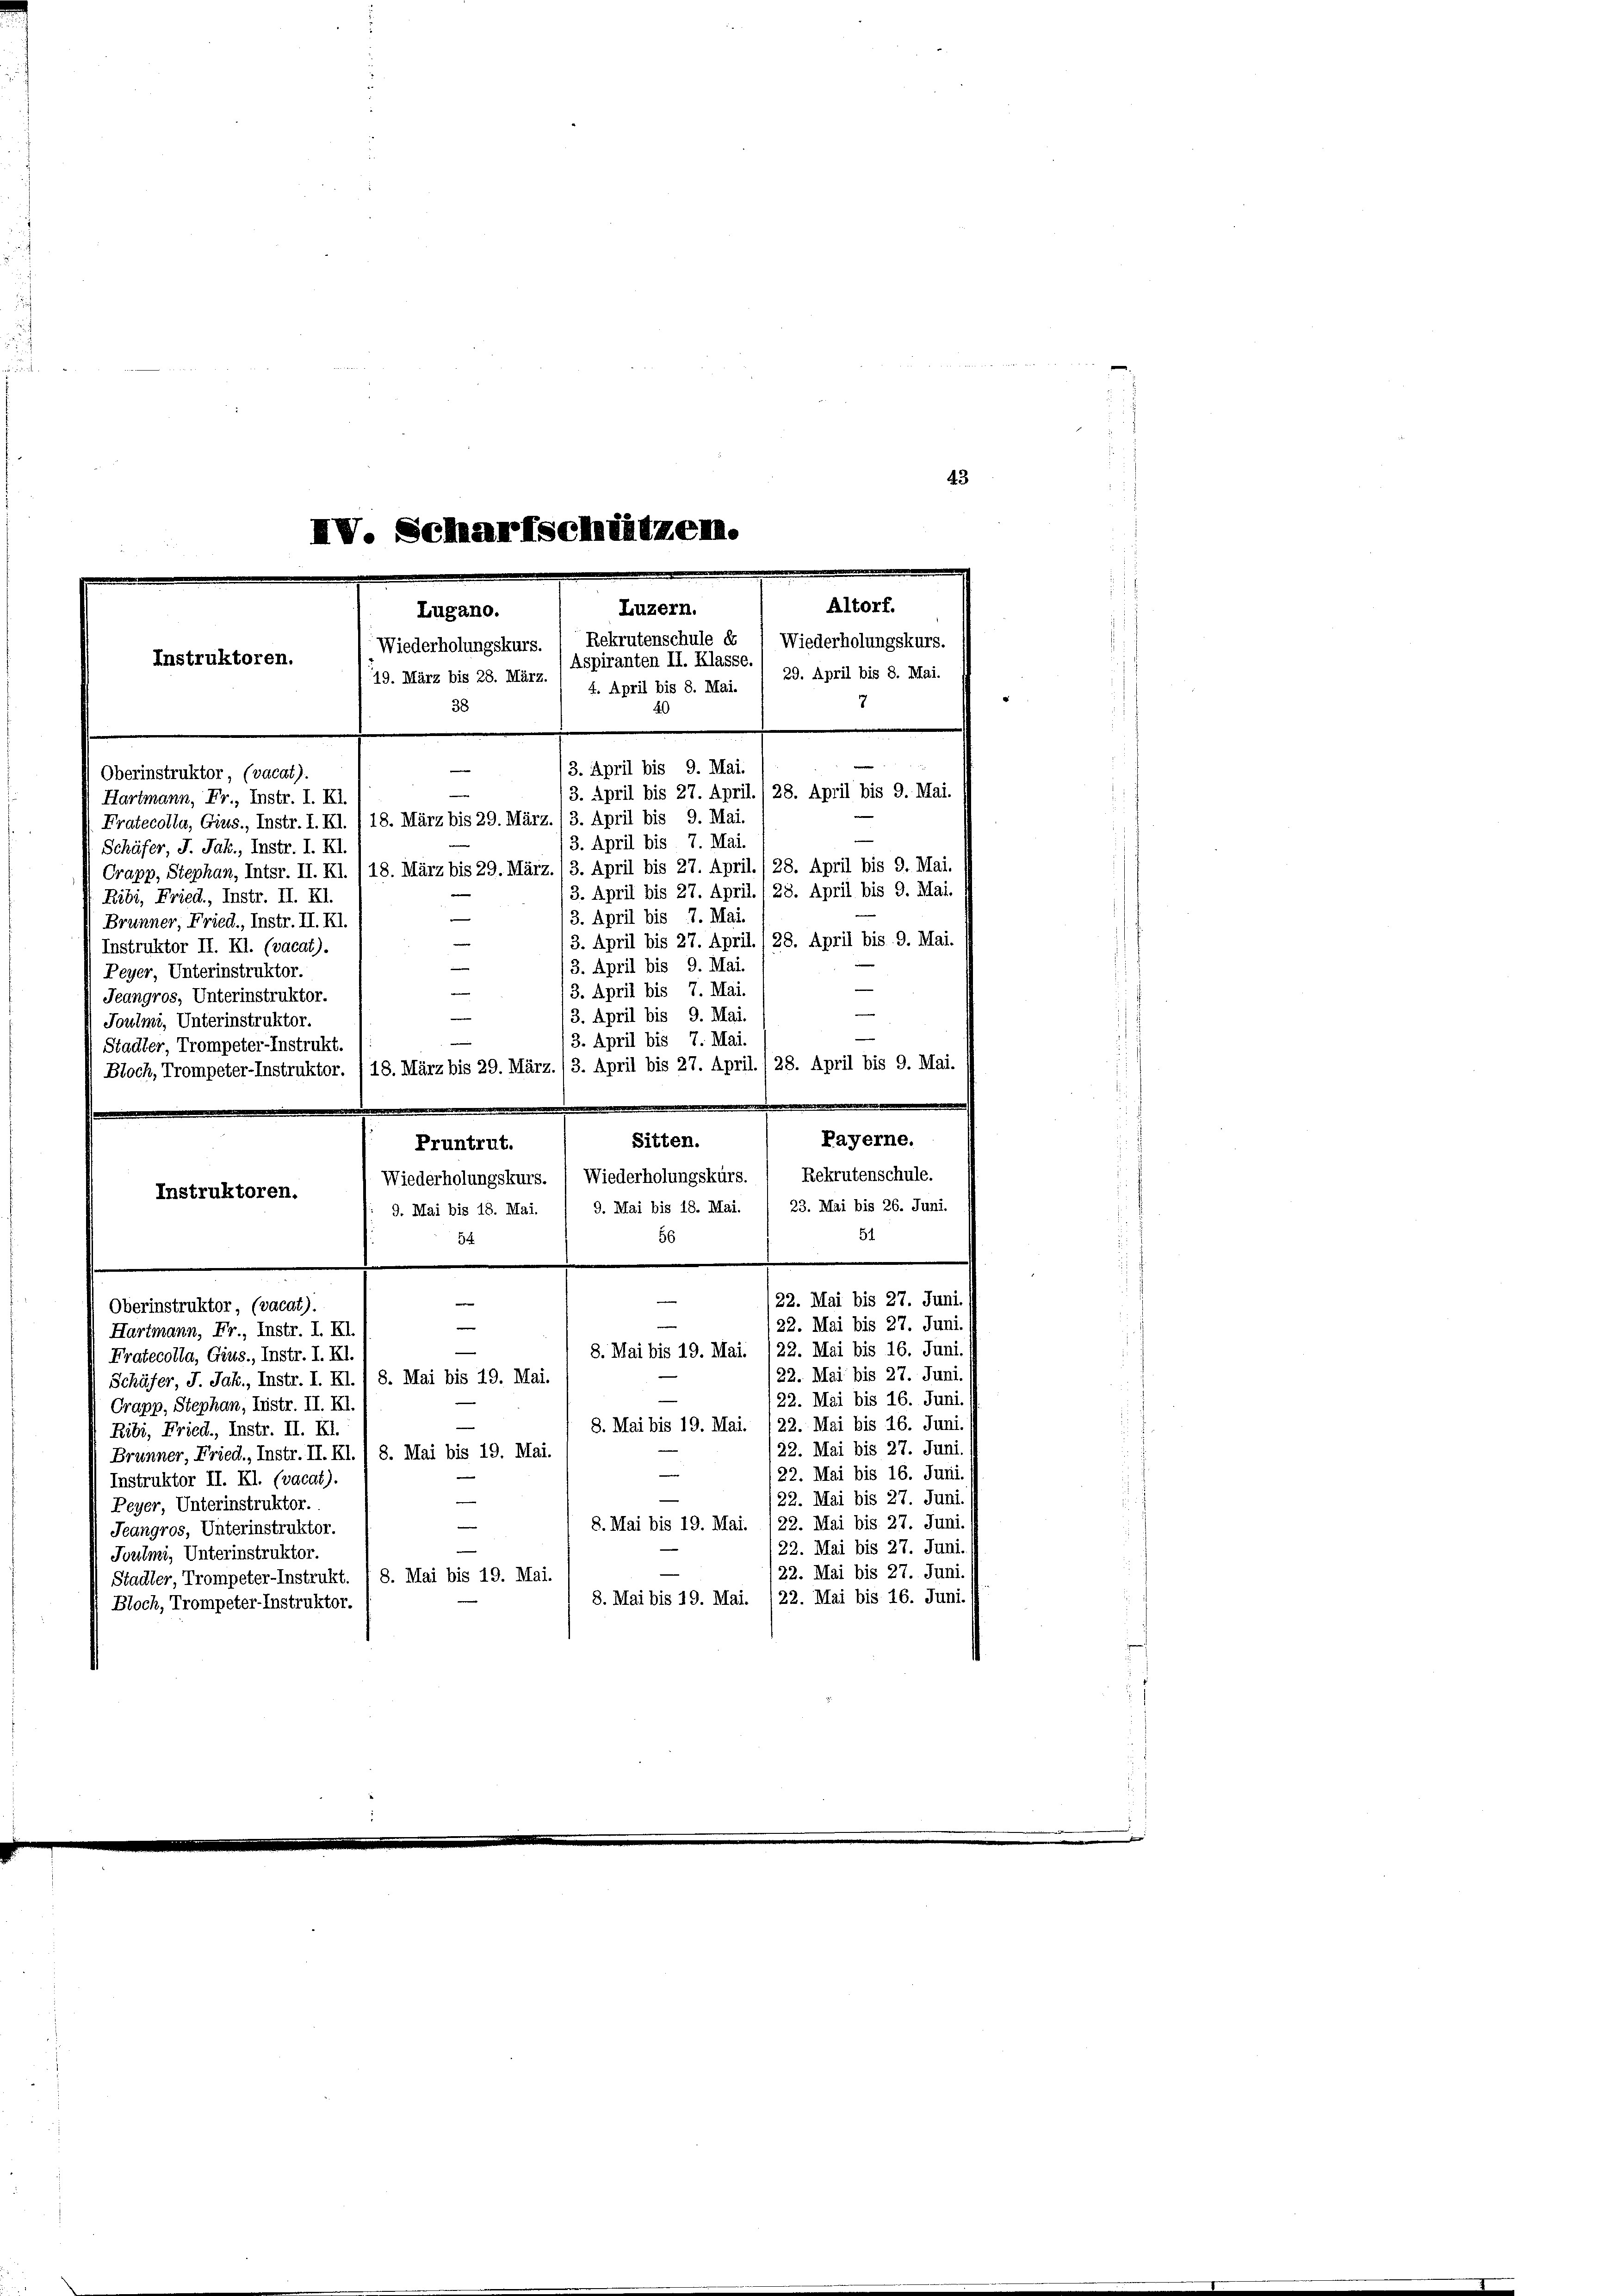
IV. Scharfschützen.
Altorf.
Luzern.
Lugano.
Wiederholungskurs. , Rekrutenschule er / Wiederholungskurs.
Instruktoren.
Aspiranten II. Klasse.
19. März bis 28. Mart. 4. April bis 8. Mai. / 29. April bis 8. Mai
7
38

43

(3. April bis 9. Mai.
Oberinstruktor, (vacat).
(3. April bis 27. April./ 28. April bis 9. Mai.
Hartmann, Fr., Instr. I. XI.
Pratecolla, Gius., Instr. I. Kl. / 18. März bis 29. März. (3. April bis 9. Mai.
(3. April bis 7. Mai.
Schäfer, J. Jak., Instr. I. XI.
Crapp, Stephan, Inter. II. Kl. /18. März bis 29. März. 13. April bis 27. April./ 28. April bis 9. Mai.
3. April bis 27. April. (28. April bis 9. Mai.
Ribi, Fried, Instr. II. XI.
n
(3. April bis 7. Mai.
Brunner, Fried., Instr. II. Kl.
3. April bis 27. April. / 28. April bis 9. Mai.
Instruktor II. Kl. (vacat).
—
/3. April bis 9. Mai.
Peyer, Unterinstruktor.
e
3. April bis 7. Mai.
Jeangros, Unterinstruktor.

3. April bis 9. Mai.
Joulmi, Unterinstruktor.
(3. April bis 7. Mai.
Stadter, Trompeter-Instrukt.
Bloch, Trompeter-Instruktor. /18. März bis 29. März./3. April bis 27. April. 28. April bis 9. Mai.
Payerne.
Sitten.
Pruntrut.
Wiederholungskurs. ) Wiederholungskurs. 1 Rekrutenschule.
Instruktoren.
9. Mai bis 18. Mai. / 9. Mai bis 18. Mai. / 23. Mai bis 26. Juni.
51.
56
54
e
/22. Mai bis 27. Juni.
e
Oberinstruktor, (vacat).
/22. Mai bis 27. Juni.
e
Hartmann, Fr., Instr. I. Kl.
8. Mai bis 19. Mai. 122. Mai bis 16. Juni
Fratecolla, Gius., Instr. I. Kl.
22. Mai bis 27. Juni
Schüfer, J. Jak., Instr. I. Kl.) 8. Mai bis 19. Mai.
/22. Mai bis 16. Juni.
Crapp, Stephan, Lustr. II. XI.
8. Mai bis 19. Mai. 122. Mai bis 16. Juni.
Ribi, Fried, Instr. II. XI.
123. Mai bis 27. Juni.
Brunner, Fried., Instr. II. Kl. 1 8. Mai bis 19. Mai.
/22. Mai bis 16. Juni.
e
Instruktor II. Kl. (vocat).
22. Mai bis 27. Juni.
¬
Peyer, Unterinstruktor.
8. Mai bis 19. Mai. 122. Mai bis 27. Juni.
—
Jeangros, Unterinstruktor.
22. Mai bis 27. Juni.
Joulmi, Unterinstruktor.
/22. Mai bis 27. Juni.
Stadler, Trompeter-Instrukt. 1 8. Mai bis 19. Mai.
8. Mai bis 19. Mai. /22. Mai bis 16. Juni.
Bloch, Trompeter-Instruktor.

22